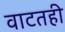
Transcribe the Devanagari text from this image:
वाटतही